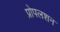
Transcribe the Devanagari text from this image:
प्रोपलशन